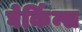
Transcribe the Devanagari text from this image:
घेर्किन्स